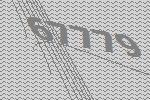
67779